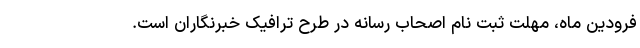
فرودین ماه، مهلت ثبت نام اصحاب رسانه در طرح ترافیک خبرنگاران است.